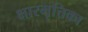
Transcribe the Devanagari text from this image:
क्षारमृत्तिका